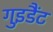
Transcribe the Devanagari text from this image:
गुइडैंट